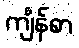
ကျိန်စာ